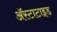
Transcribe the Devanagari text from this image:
अॅस्टाटाइड